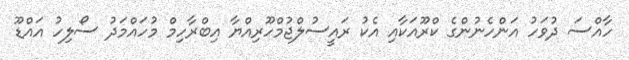
ހާއްސަ ދުވަހު އަންހެނުންގެ ކްރޫއަކާއި އެކު ރައީސުލްޖުމްހޫރިއްޔާ އިބްރާހިމް މުހައްމަދު ސޯލިހު އައްޑޫ